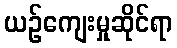
ယဉ်ကျေးမှုဆိုင်ရာ